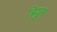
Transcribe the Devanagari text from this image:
त्रियुग